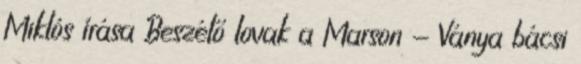
Miklós írása Beszélő lovak a Marson - Ványa bácsi